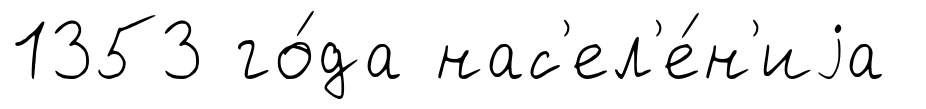
1353 го́да нас'ел'е́н'иjа